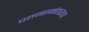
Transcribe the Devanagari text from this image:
पतनानंतरचा